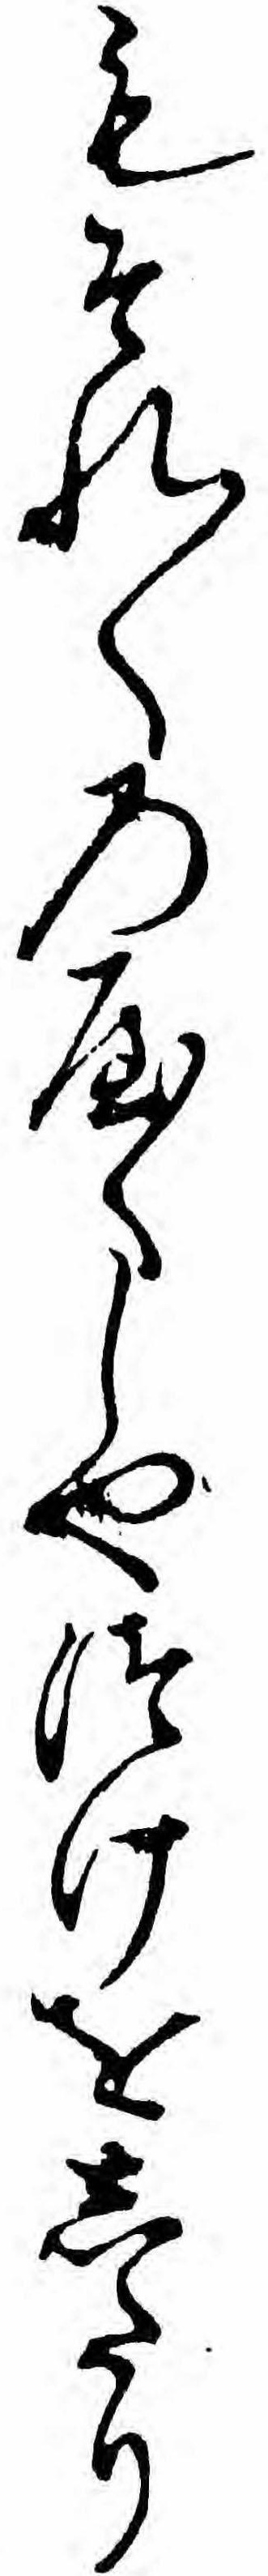
もそれ〱のやくしやつけをしたり